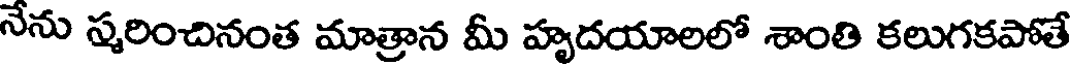
నేను స్మరించినంత మాత్రాన మీ హృదయాలలో శాంతి కలుగకపోతే